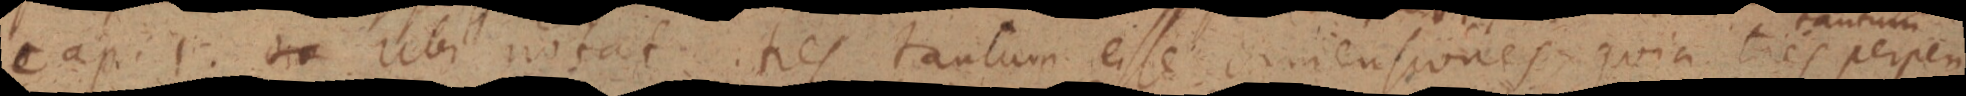
Cap. 1. _ ubi notat res tantum esse dimensiones quia ties perpen